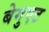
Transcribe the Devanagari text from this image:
बेगुएट